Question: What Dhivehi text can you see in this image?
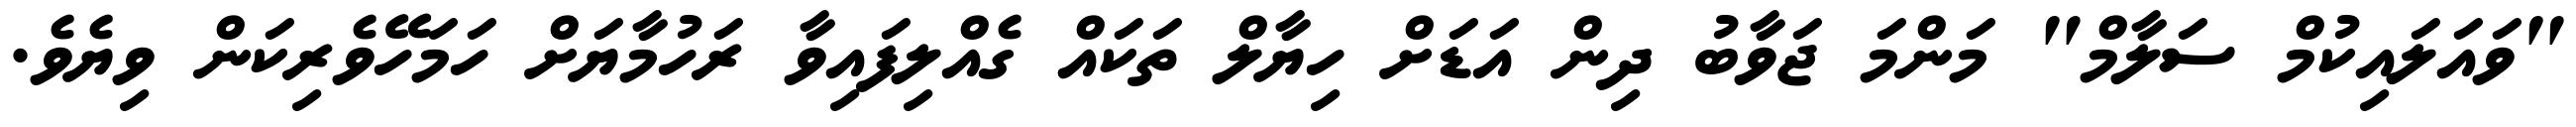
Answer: "ވައަލައިކުމް ސަލާމް" މަންމަ ޖަވާބު ދިން އަޑަށް ހިޔާލް ތަކައް ގެއްލިފައިވާ ރަހުމާޔަށް ހަމަހޭވެރިކަން ވިޔެވެ.